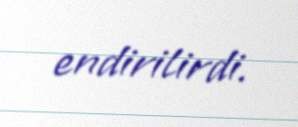
endirilirdi.